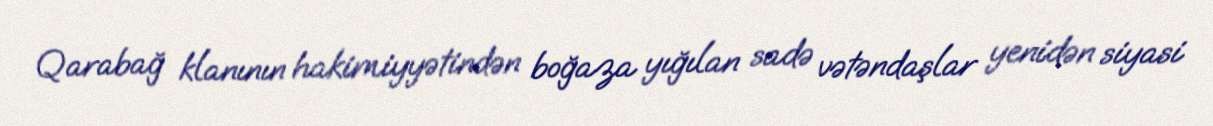
Qarabağ klanının hakimiyyətindən boğaza yığılan sadə vətəndaşlar yenidən siyasi